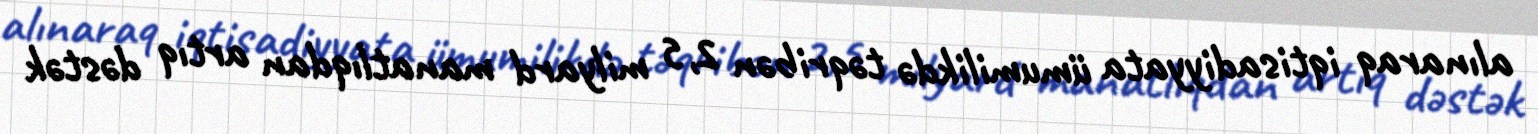
alınaraq iqtisadiyyata ümumilikdə təqribən 2,5 milyard manatlıqdan artıq dəstək